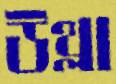
উথ্‌লা